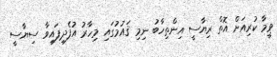
ވީމާ ކުރިއަށް އޮތް ރިޔާސީ އިންތިހާބު ނިމި ޤައުމުގައި މިހާރު އުފެދިފައިވާ ސިޔާސީ